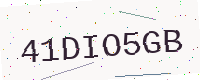
Text: 41DIO5GB